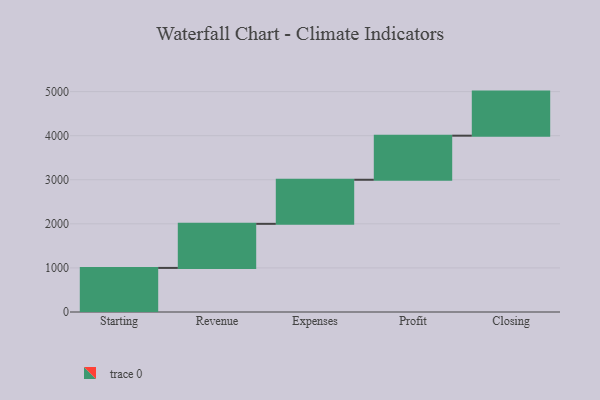
{"axis": {"x": "Step", "y": "Value"}, "legend": [""], "data": [{"x": "Starting", "y": 1000, "type": ""}, {"x": "Revenue", "y": 1000, "type": ""}, {"x": "Expenses", "y": 1000, "type": ""}, {"x": "Profit", "y": 1000, "type": ""}, {"x": "Closing", "y": 1000, "type": ""}]}